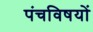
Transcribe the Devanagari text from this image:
पंचविषयों